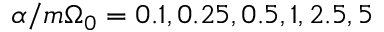
\alpha / m \Omega _ { 0 } = 0 . 1 , 0 . 2 5 , 0 . 5 , 1 , 2 . 5 , 5